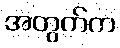
အတွက်က